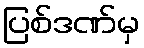
ပြစ်ဒဏ်မှ